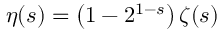
\eta ( s ) = \left( 1 - 2 ^ { 1 - s } \right) \zeta ( s )